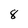
Character: 8